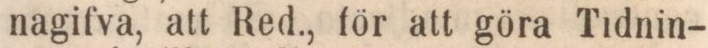
nagifva, att Red., för att göra Tidnin-